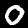
Label: 0